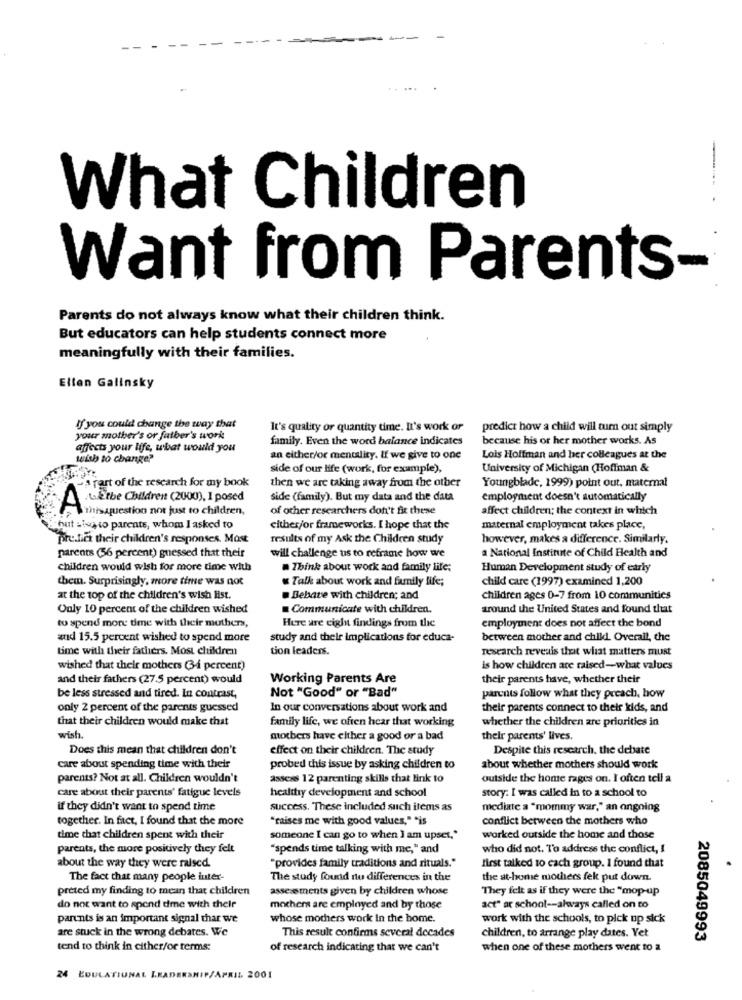
What Children
Want from Parents-
Parents do not always know what their children think.
But educators can help students connect more
meaningfully with their families.
Ellen Galinsky
If you could change the way that
It's quality or quantity time. D's work or
predict how a child will tum out simply
your mother's or father's work
family. Even the word balance indicates
because his or her mother works. As
affects your life, what would you
wish to change?
an either/or mentality. If we give to one
Lois Hoffman and her colleagues at the
side of our life (work, for example),
University of Michigan (Hoffman &
then we are taking away from the other
Youngblade, 1999) point out, maternal
-p rart of the research for my book
side (family). But my data and the data
employment doesn't automatically
A to the Children (2000), I posed
thisaquestion not just to children,
of other researchers don't fit these
affect children; the context in which
hut etwa to parents, whom I asked to
either/or frameworks. I hope that the
maternal employment takes place,
predica their children's responses. Most
results of my Ask the Children study
however, makes a difference. Similarly.
a National Institute of Child Health and
parents (56 percent) guessed that their
will challenge us to reframe how we
children would wish for more time with
Think about work and family life;
Human Development study of early
them. Surprisingly, more time was not
Talk about work and family life;
child care (1997) examined 1,200
at the top of the children's wish list.
Bebare with children; and
children ages 0-7 from 10 communities
Only 10 percent of the children wished
Communicate with children.
around the United States and found that
Here are eight findings from the
employment does not affect the bond
to spend more time with their mothers,
and 15.5 percent wished to spend more
study and their implications for educa-
between mother and child. Overall, the
time with their fathers. Most children
tion leaders.
research reveals that what matters must
wished that their mothers (34 percent)
is how children are raised-what values
and their fathers (27.5 percent) would
Working Parents Are
their parents have, whether their
Not "Good" or "Bad"
be less stressed and tired. In contrast,
parents follow what they preach, how
only 2 percent of the parents guessed
In our conversations about work and
their parents connect to their kids, and
that their children would make that
family life, we often hear that working
whether the children are priorities in
wish.
motbers have either a good or a bad
their parents' lives.
Does this mean that children don't
effect on their children. The study
Despite this research, the debate
care about spending time with their
probed this issue by asking children to
about whether mothers should work
parents? Not at all. Children wouldn't
assess 12 parenting skills that link to
outside the home rages on. I often tell a
care about their parents' fatigue levels
healthy development and school
story. I was called in to a school to
if they didn't want to spend time
success. These included such items as
mediate a "mommy war," an ongoing
together. In fact, I found that the more
"raises me with good values," *is
conflict between the mothers who
time that children spent with their
someone I can go to when I am upset,"
worked outside the home and those
parents, the more positively they felt
"spends time talking with me," and
who did not. To address the conflict, !
about the way they were raised.
"provides family traditions and rituals."
first talked to cach group. I found that
The fact that many people inter-
The study found no differences in the
the at-home mothers fek put down.
preted my finding to mean that children
assessments given by children whose
They felt as if they were the "mop-up
do not want to spend dme with their
mothers are employed and by those
act" at school -- always called on to
parents is an important signal thar we
whose mothers work In the home.
work with the schools, to pick up sick
are stuck in the wrong debates. We
This result confirms several decades
children, to arrange play dates. Vet
2085049993
tend to think in either/or terms:
of research indicating that we can't
when one of these mothers went to a
24 EDULATIUNAL LEADERSHIP/APRIL 2001